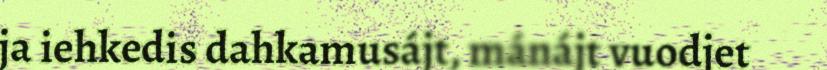
ja iehkedis dahkamusájt, mánájt vuodjet